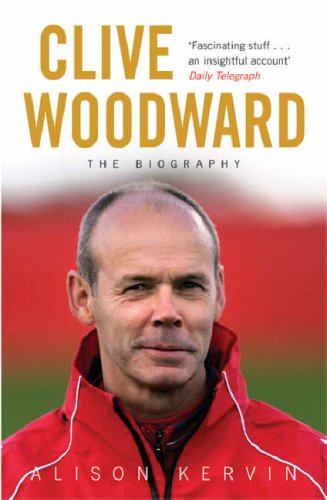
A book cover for Clive Woodward: The Biography; Alison Kervin; Sports & Outdoors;